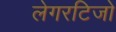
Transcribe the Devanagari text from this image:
लेगरटिजो